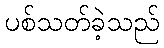
ပစ်သတ်ခဲ့သည်